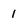
Character: 1